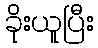
ခိုးယူပြီး